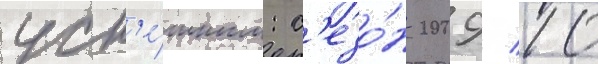
усп'е́шным: с'езо́н 2009/ 10